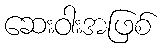
ဆေးဝါးအဖြစ်